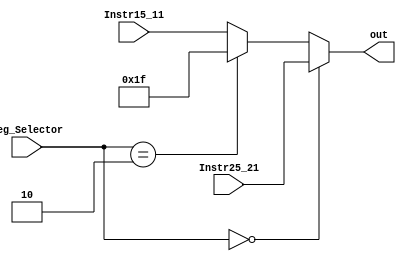
`timescale 1ns / 1ps

module Write_to_reg_Mux(Reg_Selector,Instr25_21,Instr15_11,out);

input [4:0] Instr25_21,Instr15_11;
input [1:0]	Reg_Selector;

output reg [4:0] out;

always @(*)
begin
	if(Reg_Selector == 2'b00)
		out <= Instr25_21;
		
	else if(Reg_Selector == 2'b10)
		out <= 5'b11111;
		
	else
		out <= Instr15_11;
end
endmodule